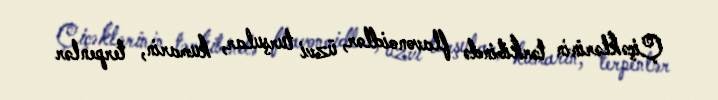
Çiçəklərinin tərkibində flavonoidlər, üzvi turşular, kumarin, terpenlər